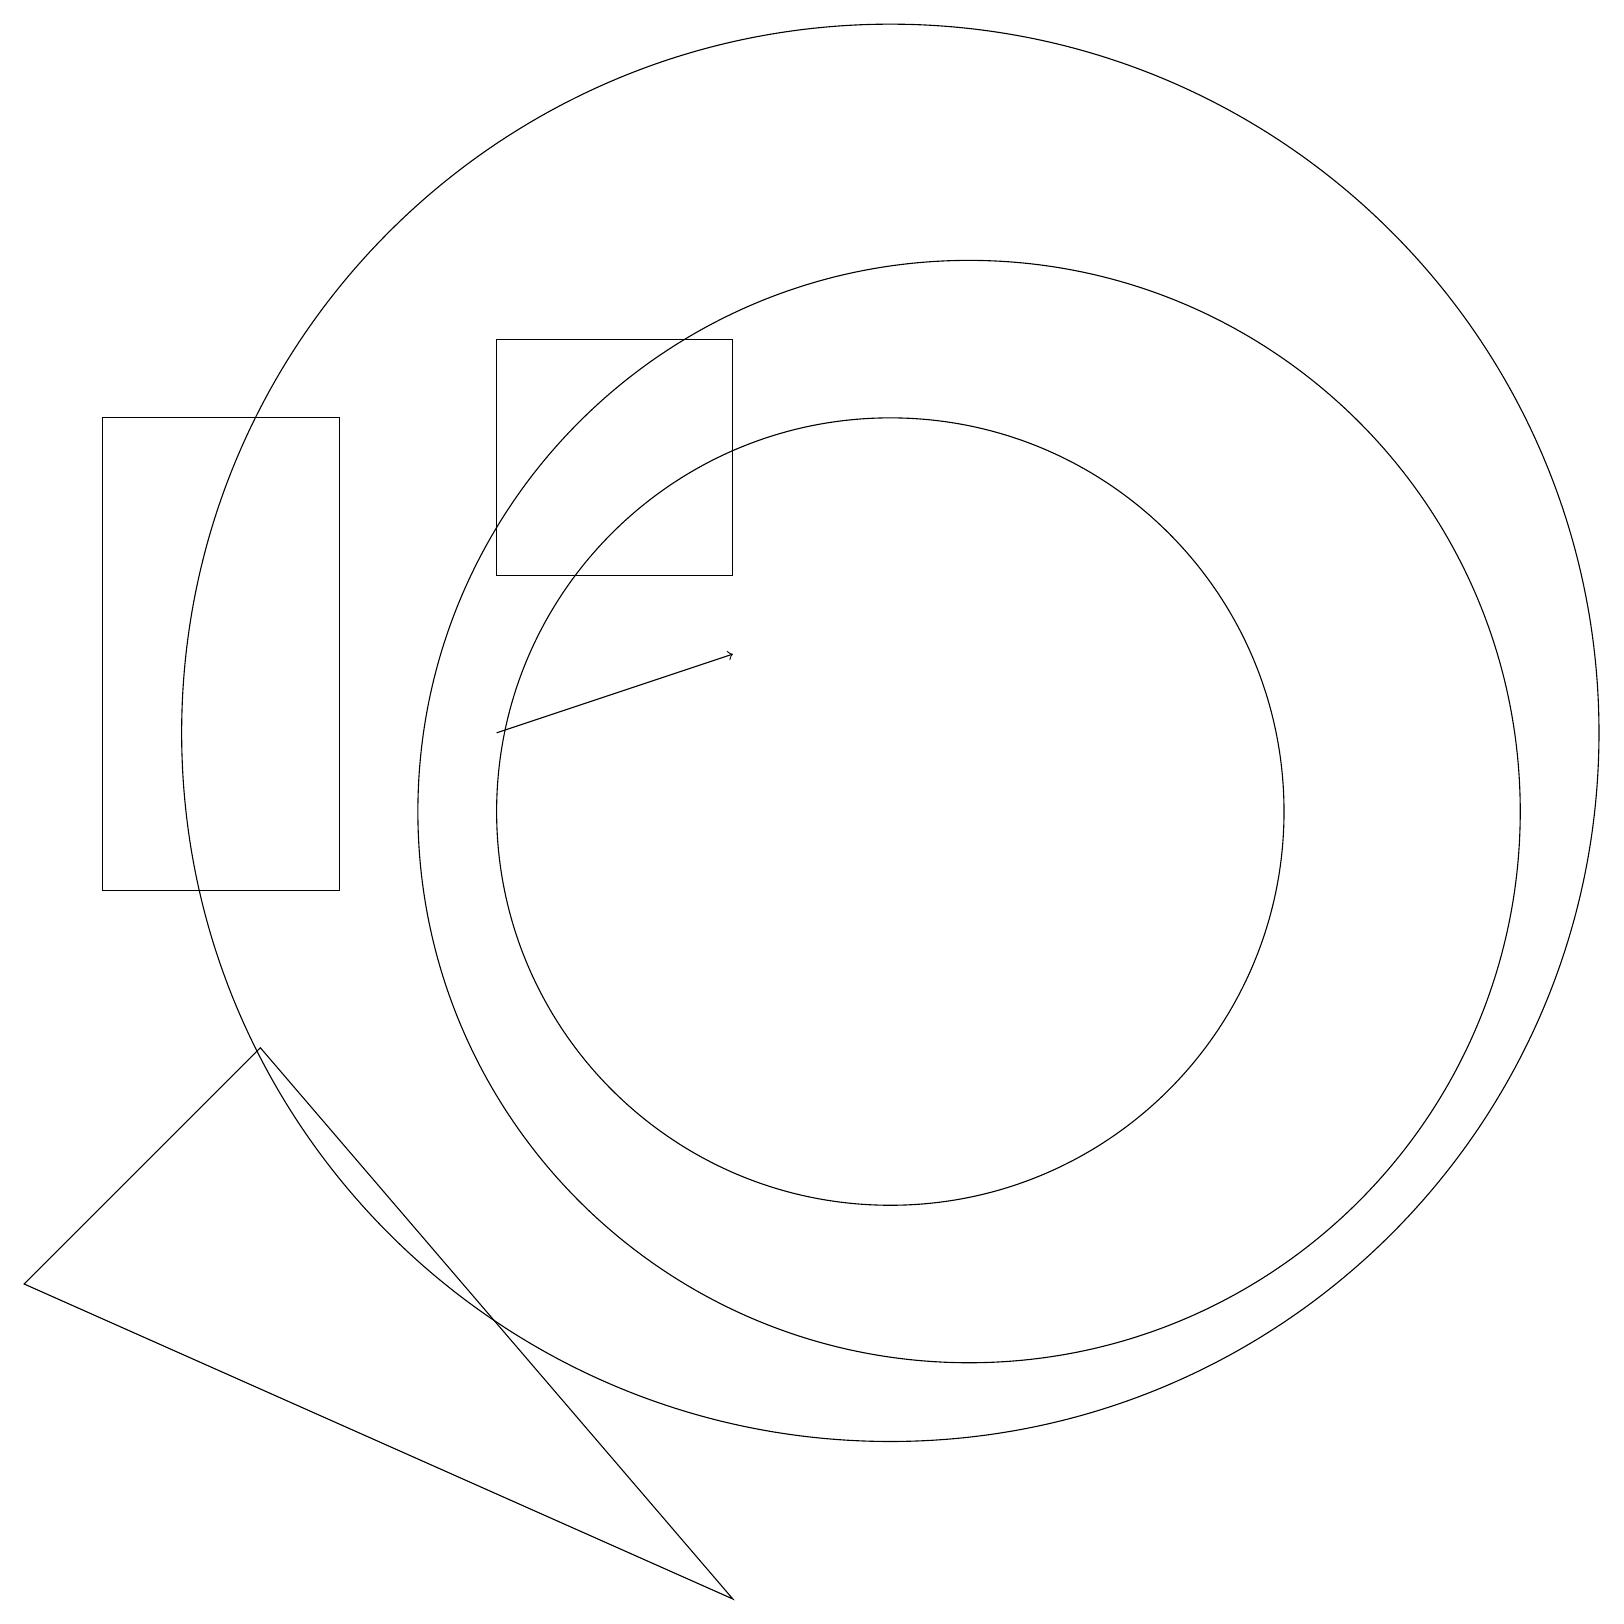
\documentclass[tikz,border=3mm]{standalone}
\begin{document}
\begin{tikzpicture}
\draw (11,12) circle (9);
\draw (4,10) rectangle (1,16);
\draw (11,11) circle (5);
\draw (12,11) circle (7);
\draw[->] (6,12) -- (9,13);
\draw (6,14) rectangle (9,17);
\draw (3,8) -- (9,1) -- (0,5) -- cycle;
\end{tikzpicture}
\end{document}